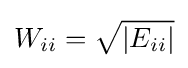
W_{ii}={\sqrt {\vert E_{ii}\vert }}